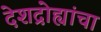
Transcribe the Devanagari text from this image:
देशद्रोह्यांचा